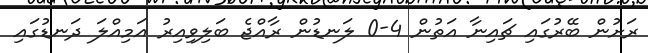
ރަށުން ބޭރުގައި ޗައިނާ އަތުން 4-0 ލަނޑުން ރާއްޖެ ބަލިވިއިރު އަމިއްލަ ދަނޑުގައި